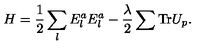
H = { \frac { 1 } { 2 } } \sum _ { l } E _ { l } ^ { a } E _ { l } ^ { a } - { \frac { \lambda } { 2 } } \sum \mathrm { T r } U _ { p } .